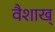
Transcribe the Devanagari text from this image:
वैशाख्